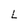
Character: L